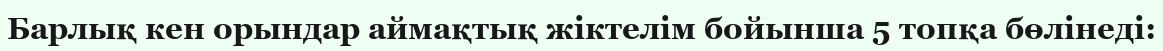
Барлық кен орындар аймақтық жіктелім бойынша 5 топқа бөлінеді: